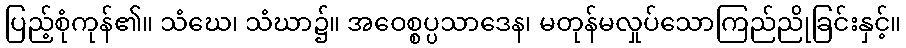
ပြည့်စုံကုန်၏။ သံဃေ၊ သံဃာ၌။ အဝေစ္စပ္ပသာဒေန၊ မတုန်မလှုပ်သောကြည်ညိုခြင်းနှင့်။